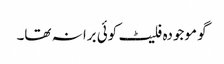
گو موجودہ فلیٹ کوئی برا نہ تھا۔